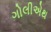
ગોલીએથ